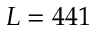
L = 4 4 1